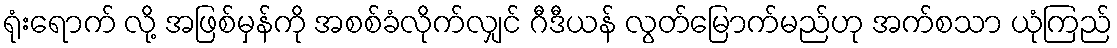
ရုံးရောက် လို့ အဖြစ်မှန်ကို အစစ်ခံလိုက်လျှင် ဂီဒီယန် လွတ်မြောက်မည်ဟု အက်စသာ ယုံကြည်